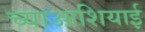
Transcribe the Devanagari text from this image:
च्याआशियाई